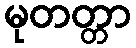
မုတတ္တာ